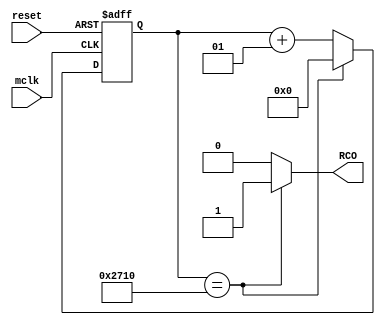
/*
-- P0: Realiza el conteo hasta llegar a CUENTA y genera un RCO
-- de manera sincrona. El RCO opera como seal de habilitacion
*/

module cont_1s_RCO
	(
		input mclk, reset,
		output RCO  // Ripple Carry Output
  	);

  localparam CUENTA= 10000; // 0.01MHz
  integer conteo;
  wire w1; 
  always@ (negedge reset, posedge mclk)
	begin
	   if (reset == 1'b0 ) conteo <= 0;
	   else
				if (conteo == CUENTA) conteo <=0; //opcion 1
				//if (~|(conteo ^ CUENTA)) conteo <=0; //opcion 2
				else conteo <= conteo + 1;
		end
	// Ripple Carry Output
	assign RCO = (conteo == CUENTA) ? 1'b1 : 1'b0 ; //opcion 1	
	//assign RCO = ~|(conteo ^ CUENTA) ? 1'b1 : 1'b0 ;	//opcion 2
	
endmodule